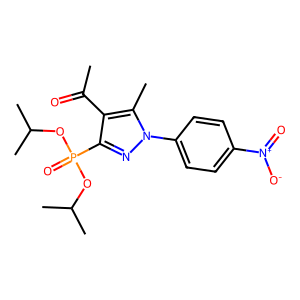
SMILES: CC(=O)c1c(P(=O)(OC(C)C)OC(C)C)nn(-c2ccc([N+](=O)[O-])cc2)c1C
Inhibits HIV replication: No